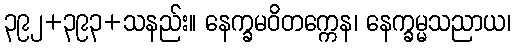
၃၉၂+၃၉၃+သနည်း။ နေက္ခမဝိတက္ကေန၊ နေက္ခမ္မသညာယ၊